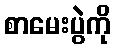
စာမေးပွဲကို